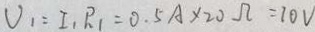
V _ { 1 } = I _ { 1 } R _ { 1 } = 0 . 5 A \times 2 0 \Omega = 1 0 V